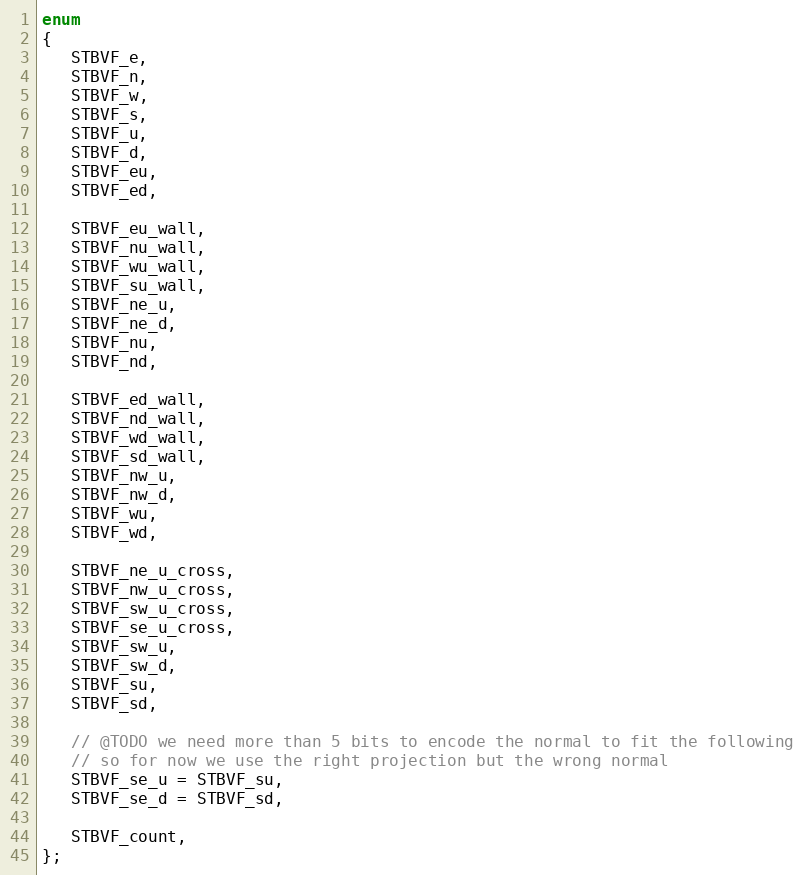
Language: C
enum
{
   STBVF_e,
   STBVF_n,
   STBVF_w,
   STBVF_s,
   STBVF_u,
   STBVF_d,
   STBVF_eu,
   STBVF_ed,

   STBVF_eu_wall,
   STBVF_nu_wall,
   STBVF_wu_wall,
   STBVF_su_wall,
   STBVF_ne_u,
   STBVF_ne_d,
   STBVF_nu,
   STBVF_nd,

   STBVF_ed_wall,
   STBVF_nd_wall,
   STBVF_wd_wall,
   STBVF_sd_wall,
   STBVF_nw_u,
   STBVF_nw_d,
   STBVF_wu,
   STBVF_wd,

   STBVF_ne_u_cross,
   STBVF_nw_u_cross,
   STBVF_sw_u_cross,
   STBVF_se_u_cross,
   STBVF_sw_u,
   STBVF_sw_d,
   STBVF_su,
   STBVF_sd,

   // @TODO we need more than 5 bits to encode the normal to fit the following
   // so for now we use the right projection but the wrong normal
   STBVF_se_u = STBVF_su,
   STBVF_se_d = STBVF_sd,

   STBVF_count,
};